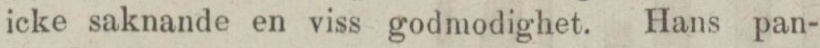
icke saknande en viss godmodighet. Hans pan-